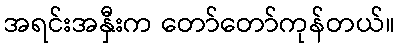
အရင်းအနှီးက တော်တော်ကုန်တယ်။